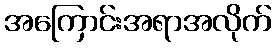
အကြောင်းအရာအလိုက်